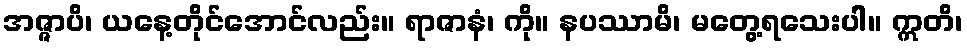
အဇ္ဇာပိ၊ ယနေ့တိုင်အောင်လည်း။ ရာဇာနံ၊ ကို။ နပဿာမိ၊ မတွေ့ရသေးပါ။ ဣတိ၊